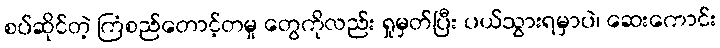
စပ်ဆိုင်တဲ့ ကြံစည်တောင့်တမှု တွေကိုလည်း ရှုမှတ်ပြီး ပယ်သွားရမှာပဲ၊ ဆေးကောင်း